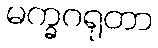
မက္ခဂရုတာ